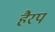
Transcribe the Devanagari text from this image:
हैरप